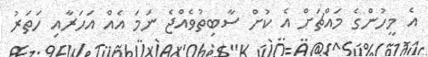
އެ މީހުންގެ މައްޗަށް އެ ކުށް ސާބިތުވެއްޖެ ނަމަ އެއް އަހަރާއި ހަތަރު